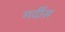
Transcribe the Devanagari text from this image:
गर्दीस